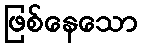
ဖြစ်နေသော